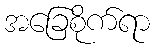
အခြေစိုက်ရာ